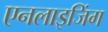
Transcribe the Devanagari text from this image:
एनलाइजिंग